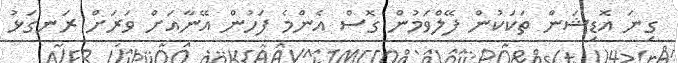
ގިނަ އޮޑިޝަން ތަކަކުން ފޭލްވަމުން ގޮސް އެންމެ ފަހުން އޭނާއަށް ވަރަށް ރަނގަޅު